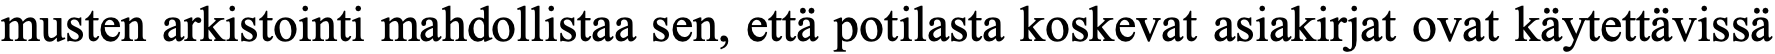
musten arkistointi mahdollistaa sen, että potilasta koskevat asiakirjat ovat käytettävissä